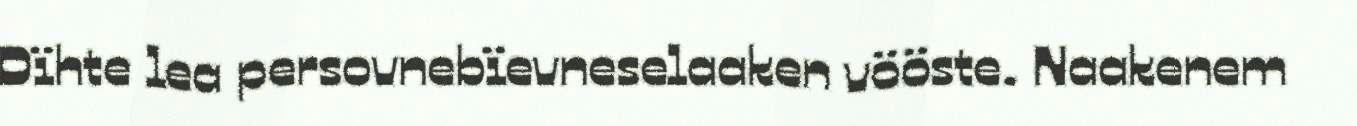
Dïhte lea persovnebïevneselaaken vööste. Naakenem